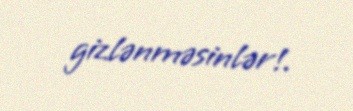
gizlənməsinlər!.